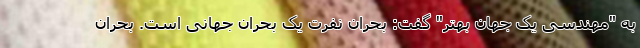
به "مهندسی یک جهان بهتر" گفت: بحران نفرت یک بحران جهانی است. بحران